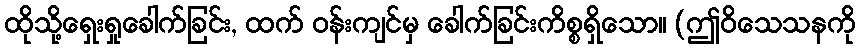
ထိုသို့ရှေးရှုခေါက်ခြင်း, ထက် ဝန်းကျင်မှ ခေါက်ခြင်းကိစ္စရှိသော။ (ဤဝိသေသနကို